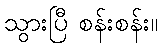
သွားပြီ စန်းစန်း။